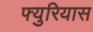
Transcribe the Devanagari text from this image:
फ्युरियास